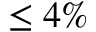
\leq 4 \%